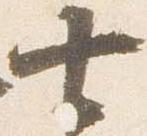
七